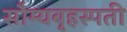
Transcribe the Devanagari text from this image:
सौम्यबृहस्पती